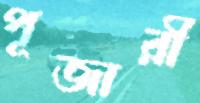
পূজারী